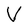
Character: V